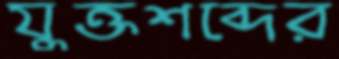
যুক্তশব্দের